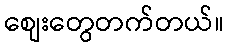
စျေးတွေတက်တယ်။